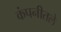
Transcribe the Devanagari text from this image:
कंपनीतले